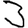
Digit: 3